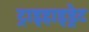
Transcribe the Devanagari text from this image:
ट्राइहाइड्रेट